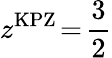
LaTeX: z^{\mathrm{KPZ}}\! =\! \frac{3}{2}